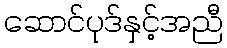
ဆောင်ပုဒ်နှင့်အညီ